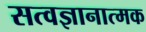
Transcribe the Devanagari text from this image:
सत्वज्ञानात्मक